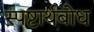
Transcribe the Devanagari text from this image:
स्पष्टार्थबोध